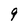
Character: 9